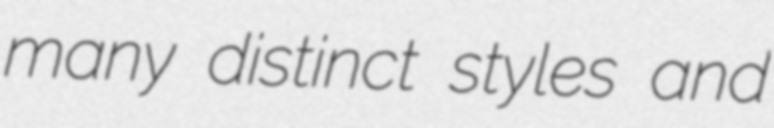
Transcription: many distinct styles and